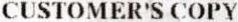
CUSTOMER'S COPY